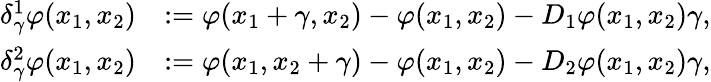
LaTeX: \begin{array}{rl}{\delta_{\gamma}^{1}\varphi(x_{1},x_{2})}&{:=\varphi(x_{1}+\gamma,x_{2})-\varphi(x_{1},x_{2})-D_{1}\varphi(x_{1},x_{2})\gamma,}\\ {\delta_{\gamma}^{2}\varphi(x_{1},x_{2})}&{:=\varphi(x_{1},x_{2}+\gamma)-\varphi(x_{1},x_{2})-D_{2}\varphi(x_{1},x_{2})\gamma,}\end{array}